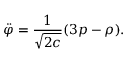
\ddot { \varphi } = \frac { 1 } { \sqrt { 2 c } } ( 3 p - \rho ) .